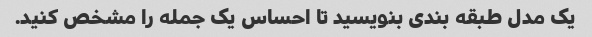
یک مدل طبقه بندی بنویسید تا احساس یک جمله را مشخص کنید.